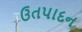
ઉતપાદન